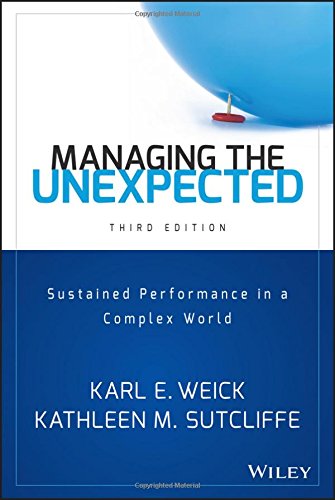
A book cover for Managing the Unexpected: Sustained Performance in a Complex World; Karl E. Weick; Business & Money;